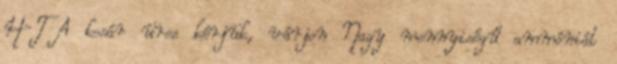
H-T A kosár üres kérjük, várjon Nagy mennyiségű ammóniát